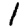
Digit: 1